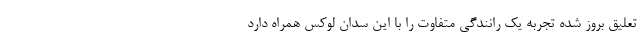
تعلیق بروز شده تجربه یک رانندگی متفاوت را با این سدان لوکس همراه دارد